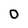
Character: 0